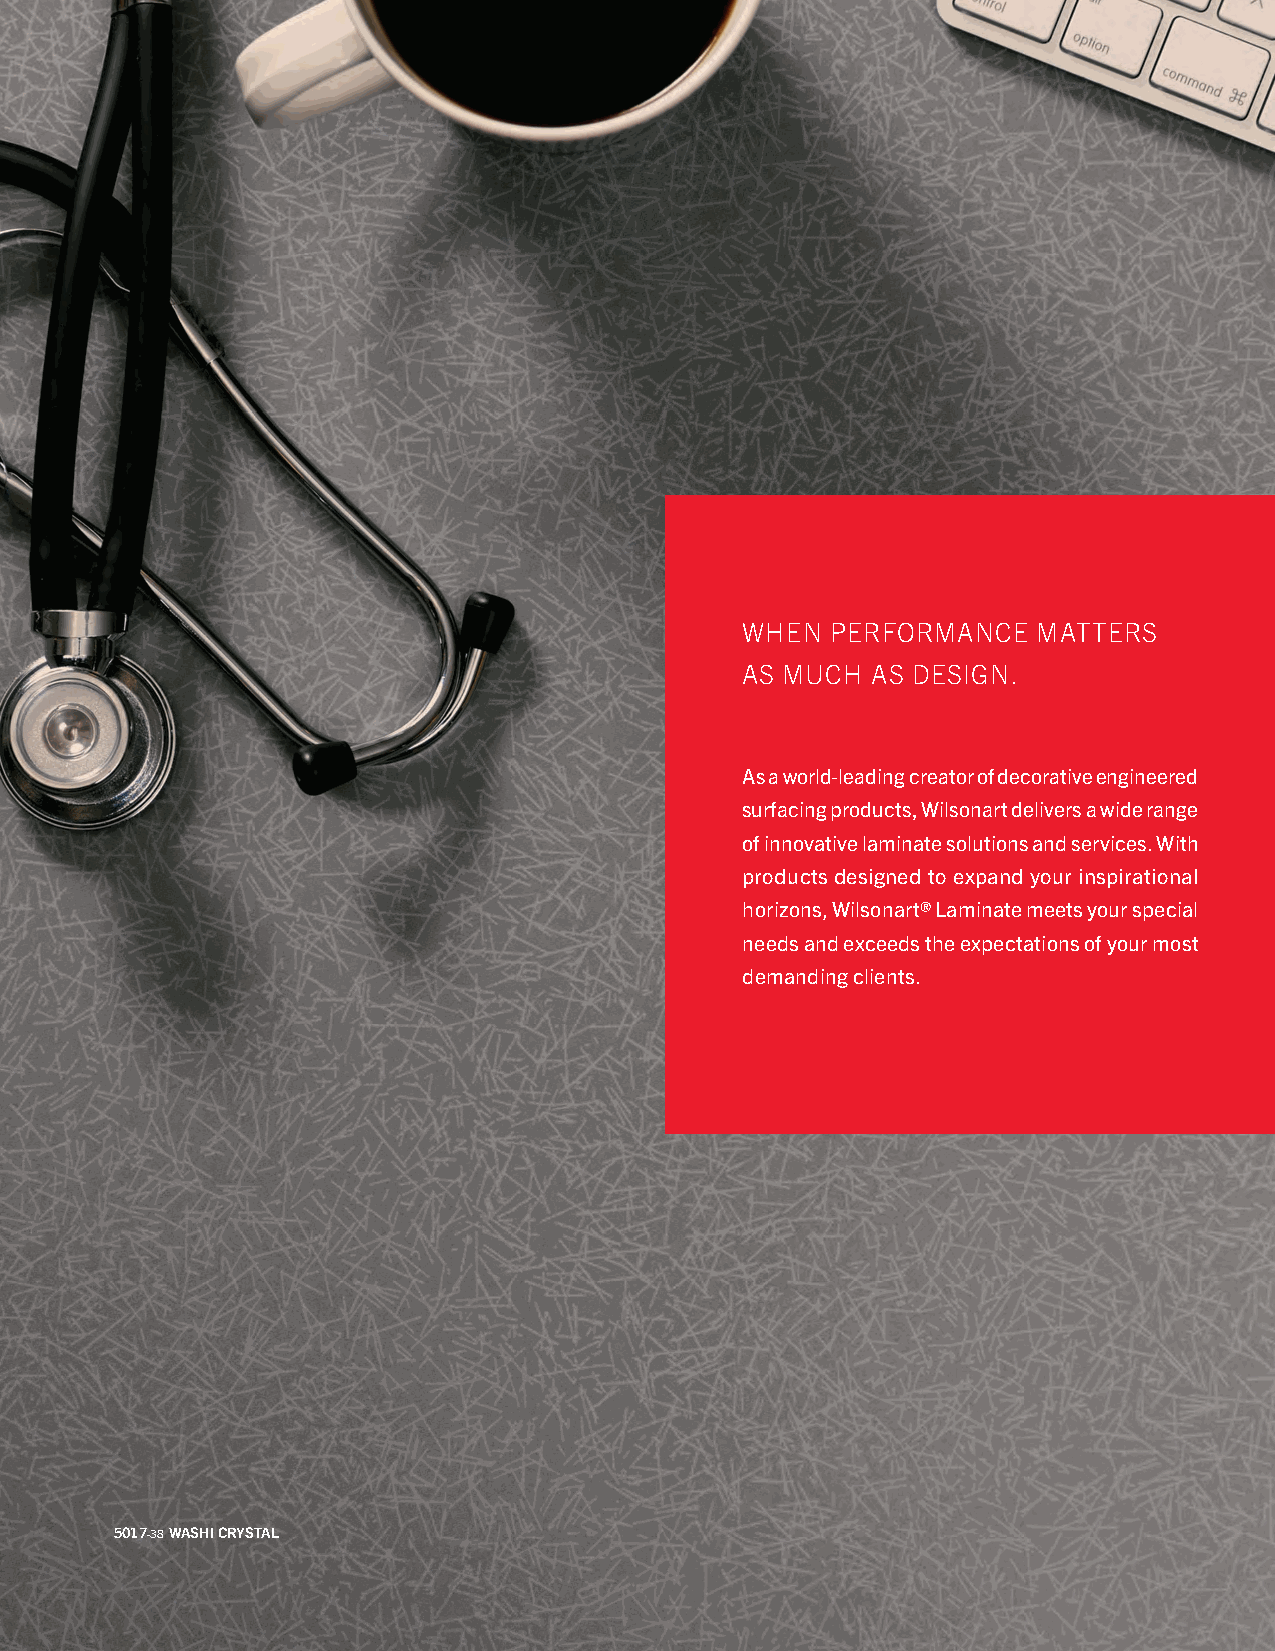
WHEN  PERFORMANCE   MATTERS
 AS MUCH  AS DESIGN.
 As a world-leading creator of decorative engineered
 surfacing products, Wilsonart delivers a wide range
 of innovative laminate solutions and services. With
 products designed to expand your inspirational
 horizons, Wilsonart® Laminate meets your special
 needs and exceeds the expectations of your most
 demanding clients.
 5017-38 WASHI CRYSTAL